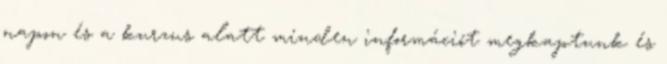
napon és a kurzus alatt minden információt megkaptunk és